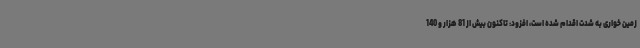
زمین خواری به شدت اقدام شده است، افزود: تاکنون بیش از 81 هزار و 140